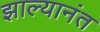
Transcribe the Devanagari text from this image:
झाल्यानंत